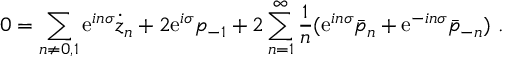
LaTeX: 0 = \sum _ { n \neq 0 , 1 } \mathrm { e } ^ { i n \sigma } \dot { z } _ { n } + 2 \mathrm { e } ^ { i \sigma } p _ { - 1 } + 2 \sum _ { n = 1 } ^ { \infty } { \frac { 1 } { n } } ( \mathrm { e } ^ { i n \sigma } \bar { p } _ { n } + \mathrm { e } ^ { - i n \sigma } \bar { p } _ { - n } ) \ .